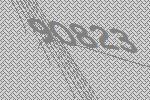
90823